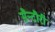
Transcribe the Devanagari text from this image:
सैन्टौरी